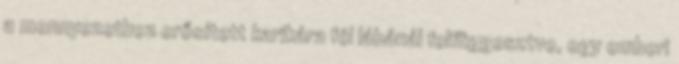
a mennyezethez erősített karikára fél lábánál felfüggesztve, egy emberi